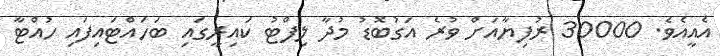
އެއީއެވެ. 30000 ރުފިޔާއަށް ވުރެ އަގުބޮޑު މުދާ ލިފްޓު ކައިރީގައި ބަހައްޓައިފައި ހުއްޓާ